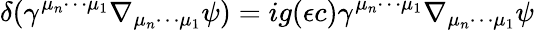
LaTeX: \delta(\gamma^{\mu_{n}\cdots\mu_{1}}\nabla_{\mu_{n}\cdots\mu_{1}}\psi)=ig(\epsilon c)\gamma^{\mu_{n}\cdots\mu_{1}}\nabla_{\mu_{n}\cdots\mu_{1}}\psi